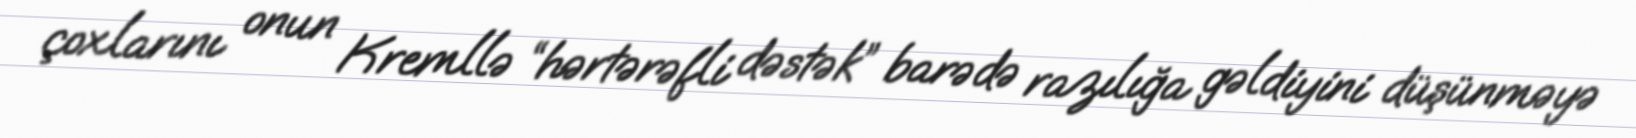
çoxlarını onun Kremllə “hərtərəfli dəstək” barədə razılığa gəldiyini düşünməyə